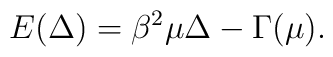
E(\Delta ) = \beta ^{2} \mu \Delta - \Gamma (\mu ) .